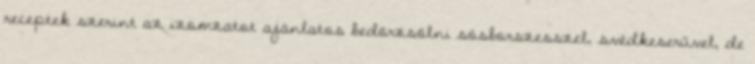
receptek szerint az izomzatot ajánlatos bedörzsölni sósborszesszel, svédkeserűvel, de